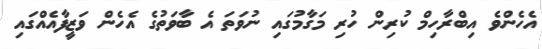
އެހެންވެ އިބްރާހިމް ކުރިން ހުރި މަގާމުގައި ނުވަތަ އެ ބާވަތުގެ އެހެން ވަޒީފާއެއްގައި